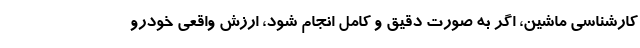
کارشناسی ماشین، اگر به صورت دقیق و کامل انجام شود، ارزش واقعی خودرو